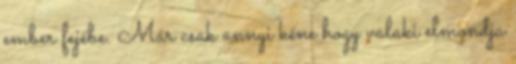
ember fejébe. Már csak annyi kéne hogy valaki elmondja